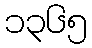
၁၃၆၅